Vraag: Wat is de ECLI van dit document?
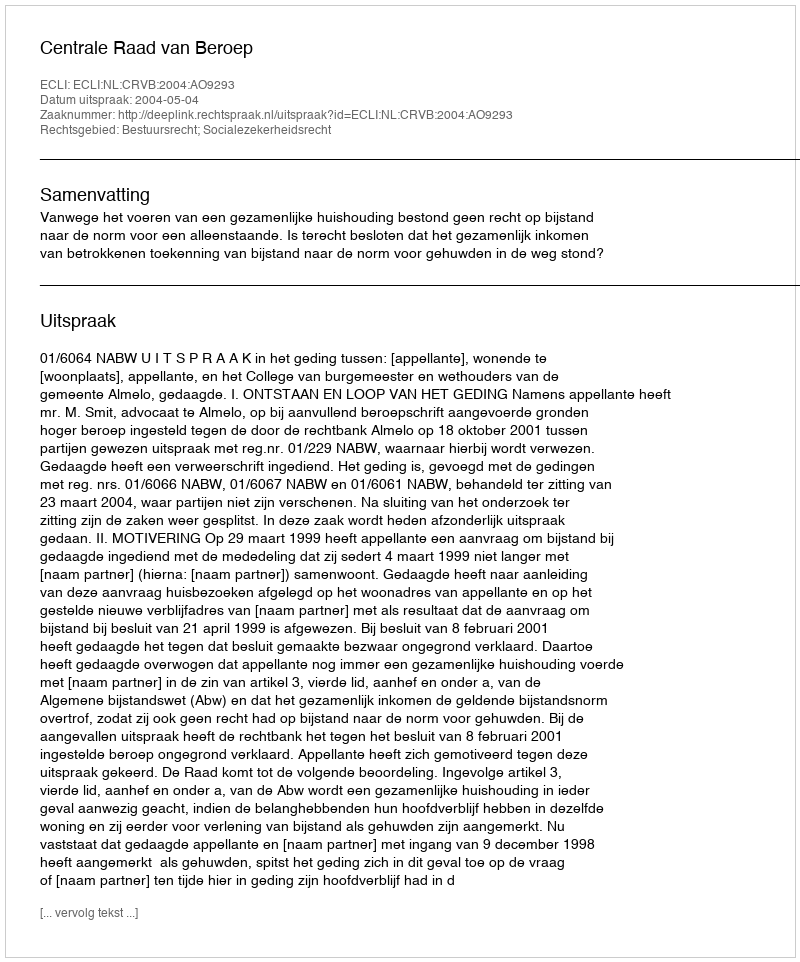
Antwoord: ECLI:NL:CRVB:2004:AO9293